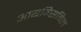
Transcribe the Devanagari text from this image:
आयबिसबिल